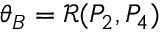
\theta _ { B } = \mathcal { R } ( P _ { 2 } , P _ { 4 } )